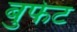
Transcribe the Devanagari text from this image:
बुफेट